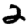
Digit: 2